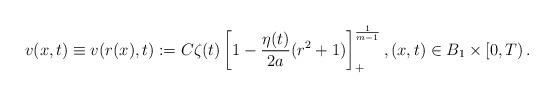
LaTeX: \begin{align*}v(x,t)\equiv v(r(x), t):=C \zeta(t)\left[1-\frac{\eta(t)}{2a}(r^2+1)\right]_+^{\frac 1{m-1}}, (x, t)\in B_1\times [0, T)\,.\end{align*}